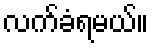
လက်ခံရမယ်။